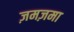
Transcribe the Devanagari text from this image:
ज़मज़मा